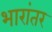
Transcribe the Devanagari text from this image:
भारांतर